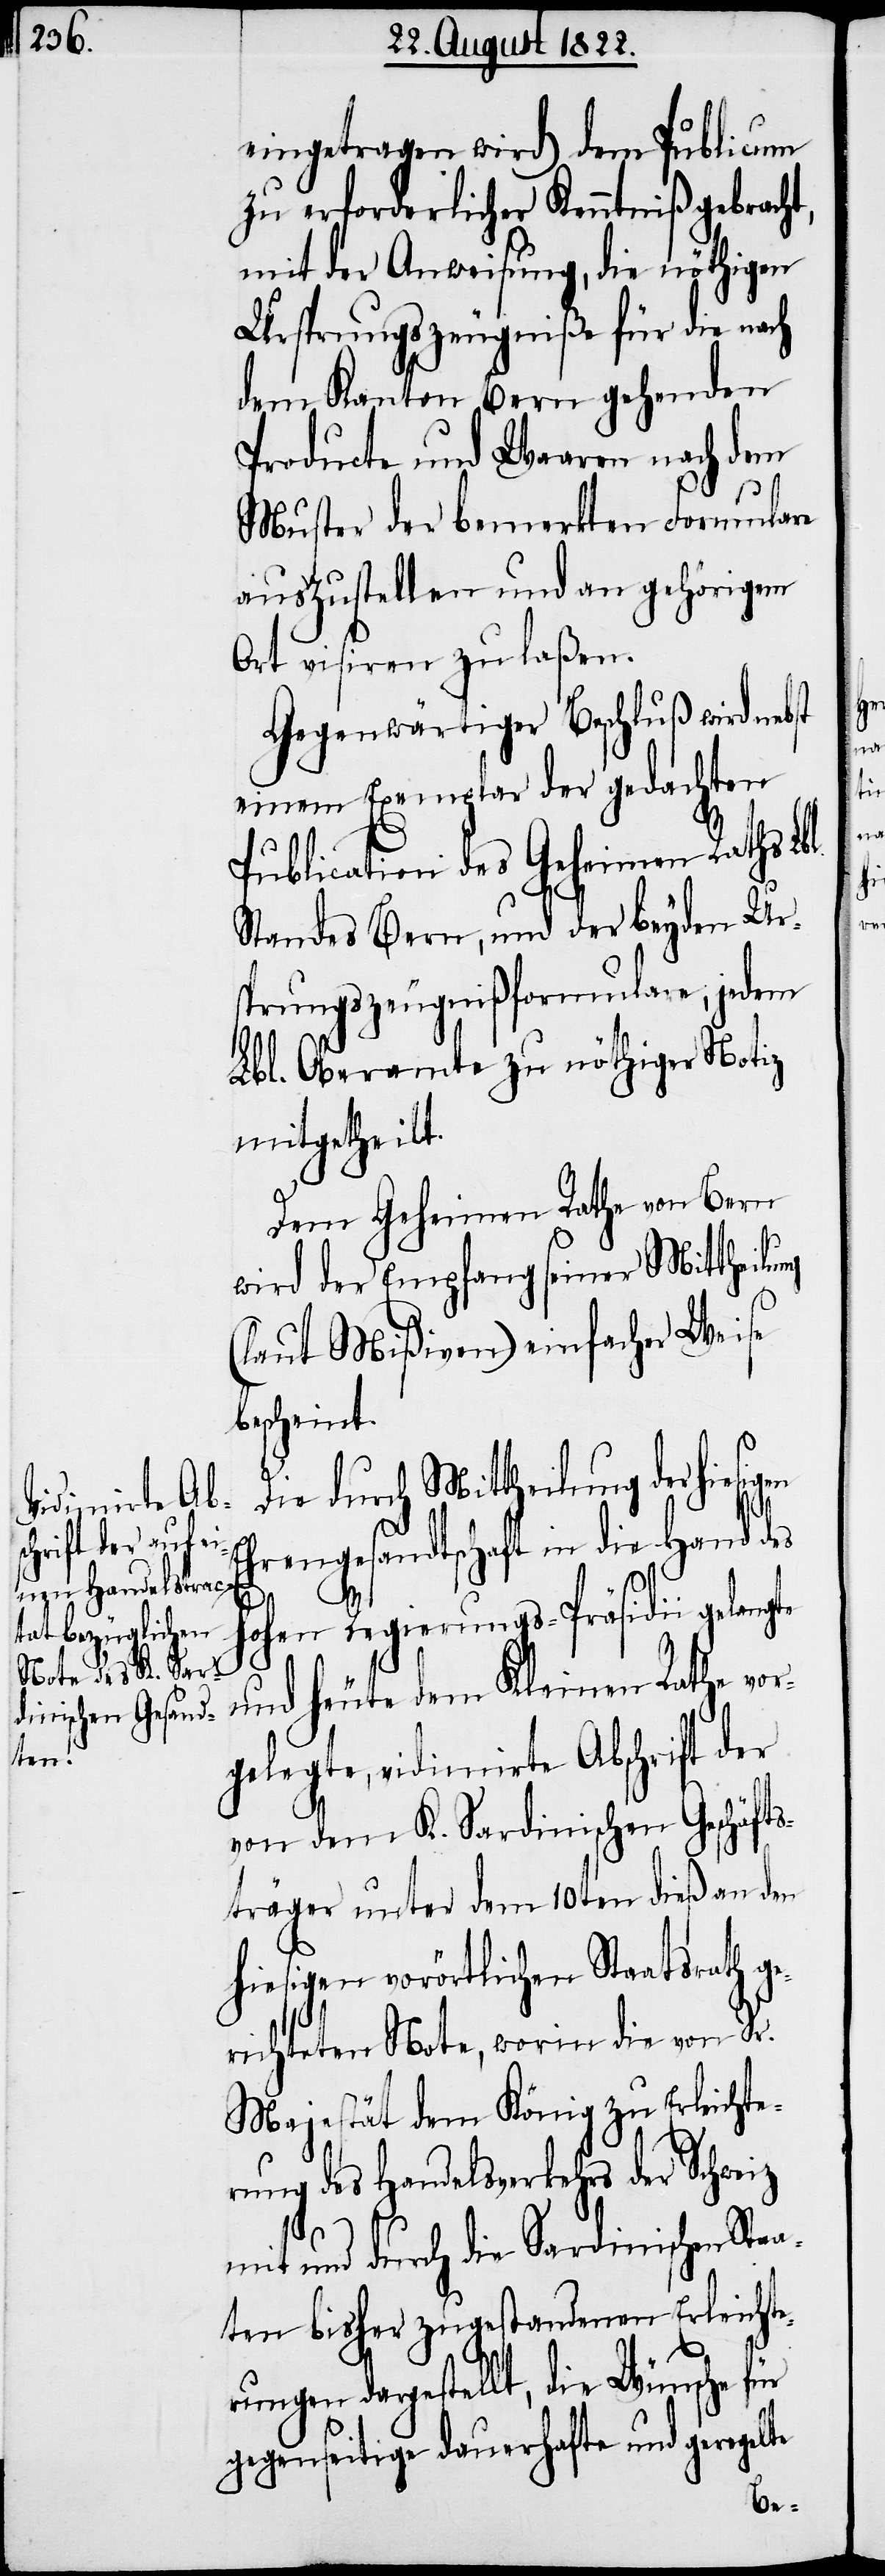
eingetragen wird) dem Publicum
zu erforderlicher Kenntniß gebracht,
mit der Anweisung, die nöthigen
Ursprungszeugniße für die nach
dem Kanton Bern gehenden
Producte und Waaren nach dem
Muster der bemerkten Formulare
auszustellen und an gehörigem
Ort visiren zu laßen.
Gegenwärtiger Beschluß wird nebst
einem Exemplar der gedachten
Publication des Geheimen Raths Lbl.
Standes Bern, und der beyden Ur¬
sprungszeugnißformulare, jedem
Lbl. Oberamte zu nöthiger Notiz
mitgetheilt.
Dem Geheimen Rathe von Bern
wird der Empfang seiner Mittheilung
(laut Mißiven) einfacher Weise
bescheint.
Die durch Mittheilung der
Ehrengesandtschaft in die Hand des
Hohen Regierungs-Präsidii
und heute dem Kleinen Rathe vor¬
gelegte, vidimirte Abschrift der
von dem K. Sardinischen Geschäft¬
sträger unter dem 10ten dieß an den
hiesigen vorörtlichen Staatsrath ge¬
richteten Note, worin die von Sr.
Majestät dem König zu Erleichte¬
rung des Handelsverkehrs der Schweiz
mit und durch die Sardinischen Staa¬
ten bisher zugestandenen Erleichte¬
rungen dargestellt, die Wünsche für
gegenseitige dauerhafte und geregelte